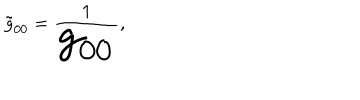
{ \tilde { g } _ { 0 0 } } = \frac { 1 } { \Huge g _ { 0 0 } } ,